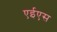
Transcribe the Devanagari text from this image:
एईएस